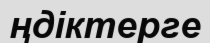
ңдіктерге